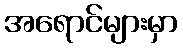
အရောင်များမှာ